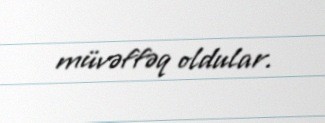
müvəffəq oldular.